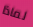
لماذا